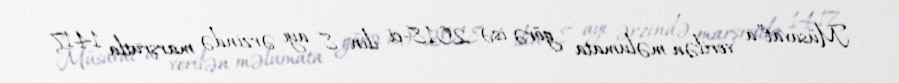
Müsavat”a verilən məlumata görə isə 2018-ci ilin 8 ayı ərzində marşrutla 1417